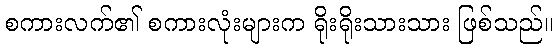
စကားလက်၏ စကားလုံးများက ရိုးရိုးသားသား ဖြစ်သည်။